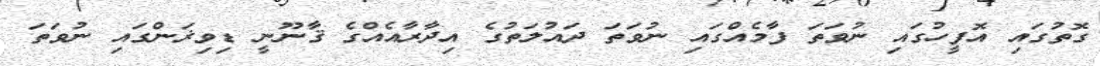
ގޮތުގައި އޮފީހުގައި ނުވަތަ ފާމެއްގައި ނުވަތަ ދައުލަތުގެ އިދާރާއެއްގެ ޤާނޫނީ ޑިވިޜަންގައި ނުވަތަ